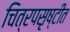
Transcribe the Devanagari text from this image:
चित्रपसृष्टीत